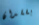
بفقدان